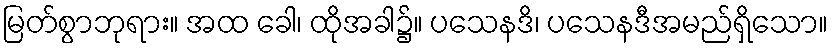
မြတ်စွာဘုရား။ အထ ခေါ၊ ထိုအခါ၌။ ပသေနဒိ၊ ပသေနဒီအမည်ရှိသော။